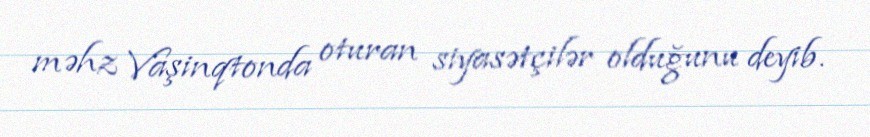
məhz Vaşinqtonda oturan siyasətçilər olduğunu deyib.